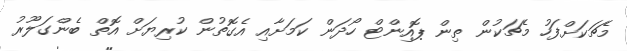
މެޗަކަށްފަހު މެޗަކުން ތިން ޕޮއިންޓް ހޯދަން ކަމަށާއި އެގޮތުން ކުރިޔަށް އޮތް ބެންގަލޫރު